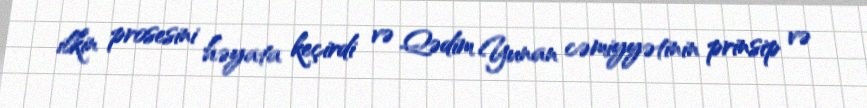
ilkin prosesini həyata keçirdi və Qədim Yunan cəmiyyətinin prinsip və